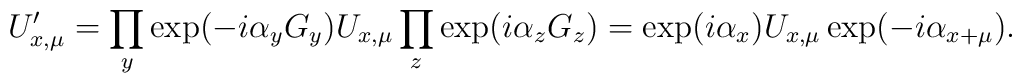
U'_{x,\mu} = \prod_y \exp(- i \alpha_y G_y) U_{x,\mu} \prod_z \exp(i \alpha_z G_z) = \exp(i \alpha_x) U_{x,\mu} \exp(- i \alpha_{x+\mu}).